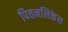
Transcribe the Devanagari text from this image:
पित्तनलिकेस